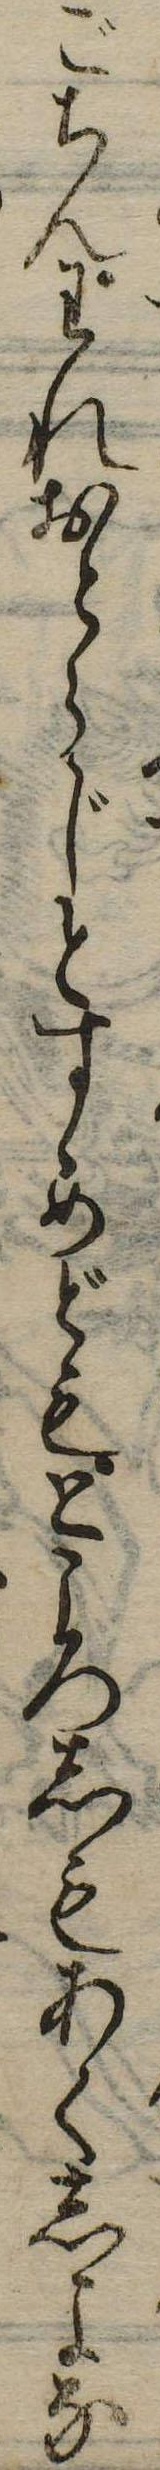
ごちんわれおとらじとすゝめどもところしもあくしよな